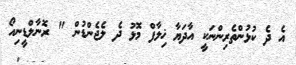
އެ ދެ ކުޅުންތެރިންނަކީ އާދަޔާ ޚިލާފް މޮޅު ދެ ލެޖެންޑުުން " ރޮނާލްޑީނިއޯ